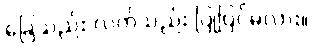
ခြေသည်း လက်သည်း ပြုပြင်မလား။